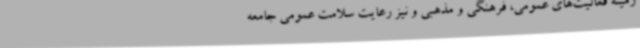
زمینه فعالیت‌های عمومی، فرهنگی و مذهبی و نیز رعایت سلامت عمومی جامعه